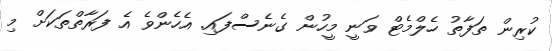
ކުރިން ތަފާތު ހެލްމެޓް ވަނީ މީހުން ގެނެސްފައި. އެހެންވެ އެ ފަރާތްތަކަށް މި